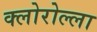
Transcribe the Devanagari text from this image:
क्लोरोल्ला